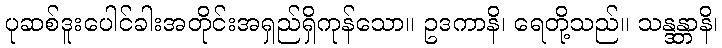
ပုဆစ်ဒူးပေါင်ခါးအတိုင်းအရှည်ရှိကုန်သော။ ဥဒကာနိ၊ ရေတို့သည်။ သန္ဒန္တာနိ၊